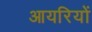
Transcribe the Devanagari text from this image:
आयरियों